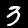
Digit: 3